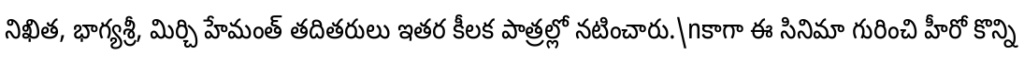
నిఖిత, భాగ్యశ్రీ, మిర్చి హేమంత్ తదితరులు ఇతర కీలక పాత్రల్లో నటించారు.\nకాగా ఈ సినిమా గురించి హీరో కొన్ని